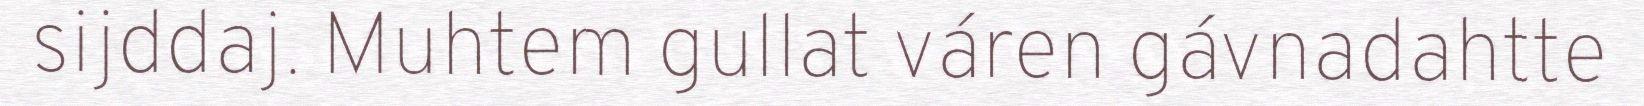
sijddaj. Muhtem gullat váren gávnadahtte